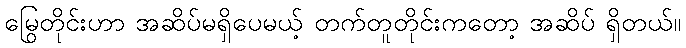
မြွေတိုင်းဟာ အဆိပ်မရှိပေမယ့် တက်တူတိုင်းကတော့ အဆိပ် ရှိတယ်။